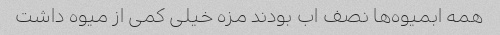
همه ابمیوه‌ها نصف اب بودند مزه خیلی کمی از میوه داشت